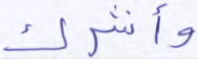
وأشرك